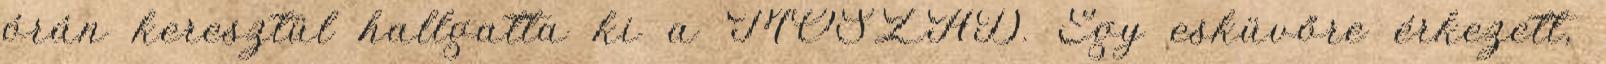
órán keresztül hallgatta ki a MOSZAD. Egy esküvőre érkezett,